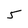
Character: 5